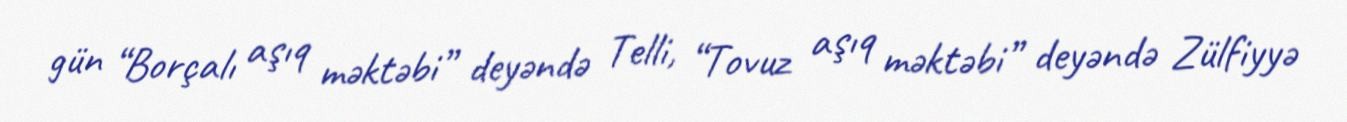
gün “Borçalı aşıq məktəbi” deyəndə Telli, “Tovuz aşıq məktəbi” deyəndə Zülfiyyə